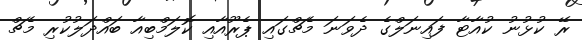
ރޭ ކުޅުނު ކުއާޓާ ފައިނަލްގެ ދެވަނަ މެޗްގައި ޕެރޫއާއި ކޮލަމްބިއާ ބައްދަލުކުރި މެޗް